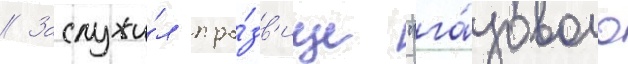
// Заслужи́л про́зв'ище "га́зового